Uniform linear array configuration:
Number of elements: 24
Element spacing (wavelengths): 0.5
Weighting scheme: hann
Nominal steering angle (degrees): -45
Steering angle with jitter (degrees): -46.066
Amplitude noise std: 0.05
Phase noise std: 0.05

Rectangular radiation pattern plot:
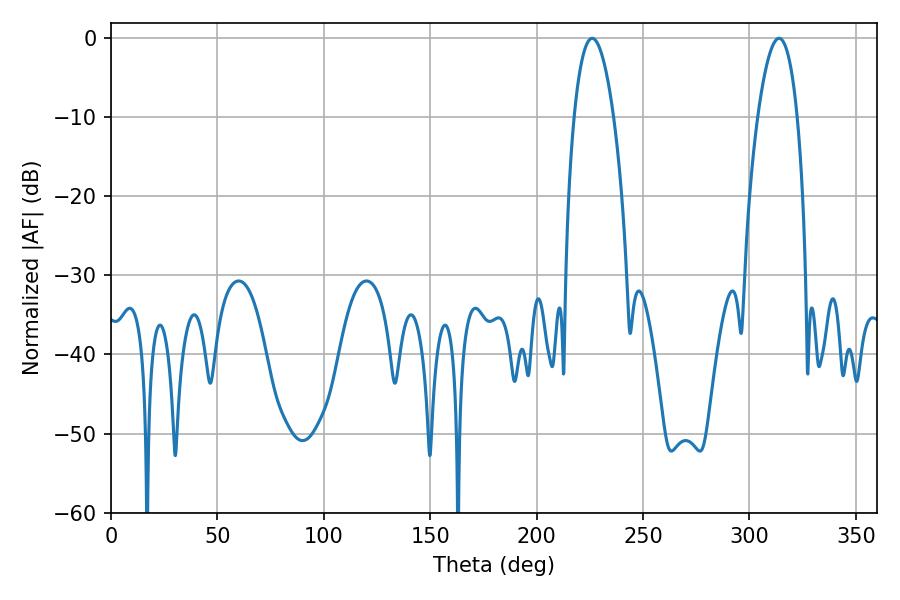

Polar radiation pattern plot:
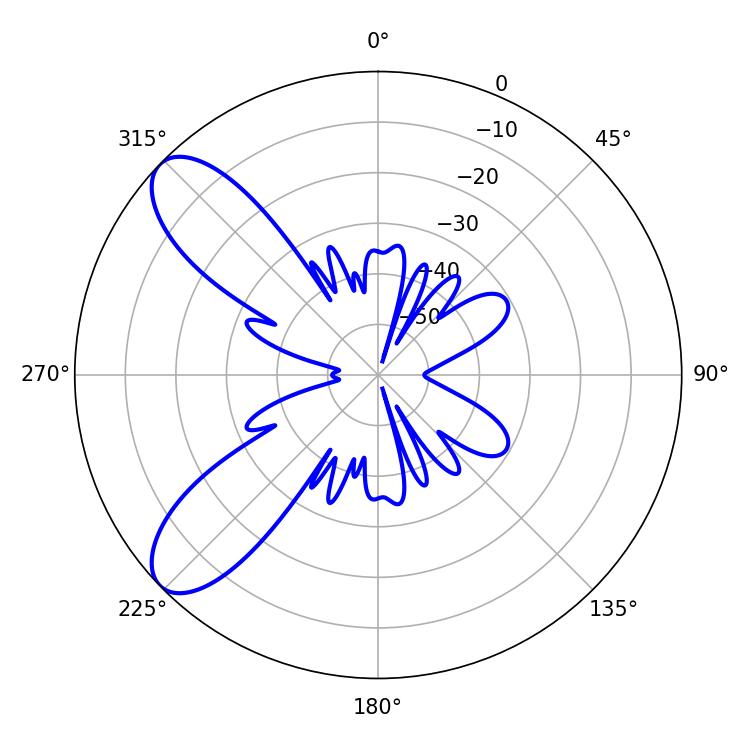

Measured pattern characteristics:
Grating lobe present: FALSE
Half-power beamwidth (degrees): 10.26
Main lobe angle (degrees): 226.08